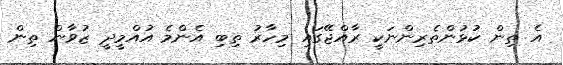
އެ ތިން ކުޅުންތެރިންނަކީ ރާއްޖޭގައި މިހާރު ތިބި އެންމެ އުއްމީދީ ޒުވާން ތިން